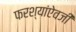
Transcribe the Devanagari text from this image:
फरश्यांऐवजी